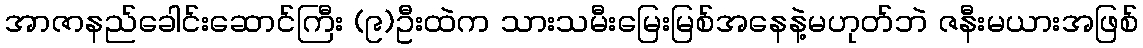
အာဇာနည်ခေါင်းဆောင်ကြီး (၉)ဦးထဲက သားသမီးမြေးမြစ်အနေနဲ့မဟုတ်ဘဲ ဇနီးမယားအဖြစ်